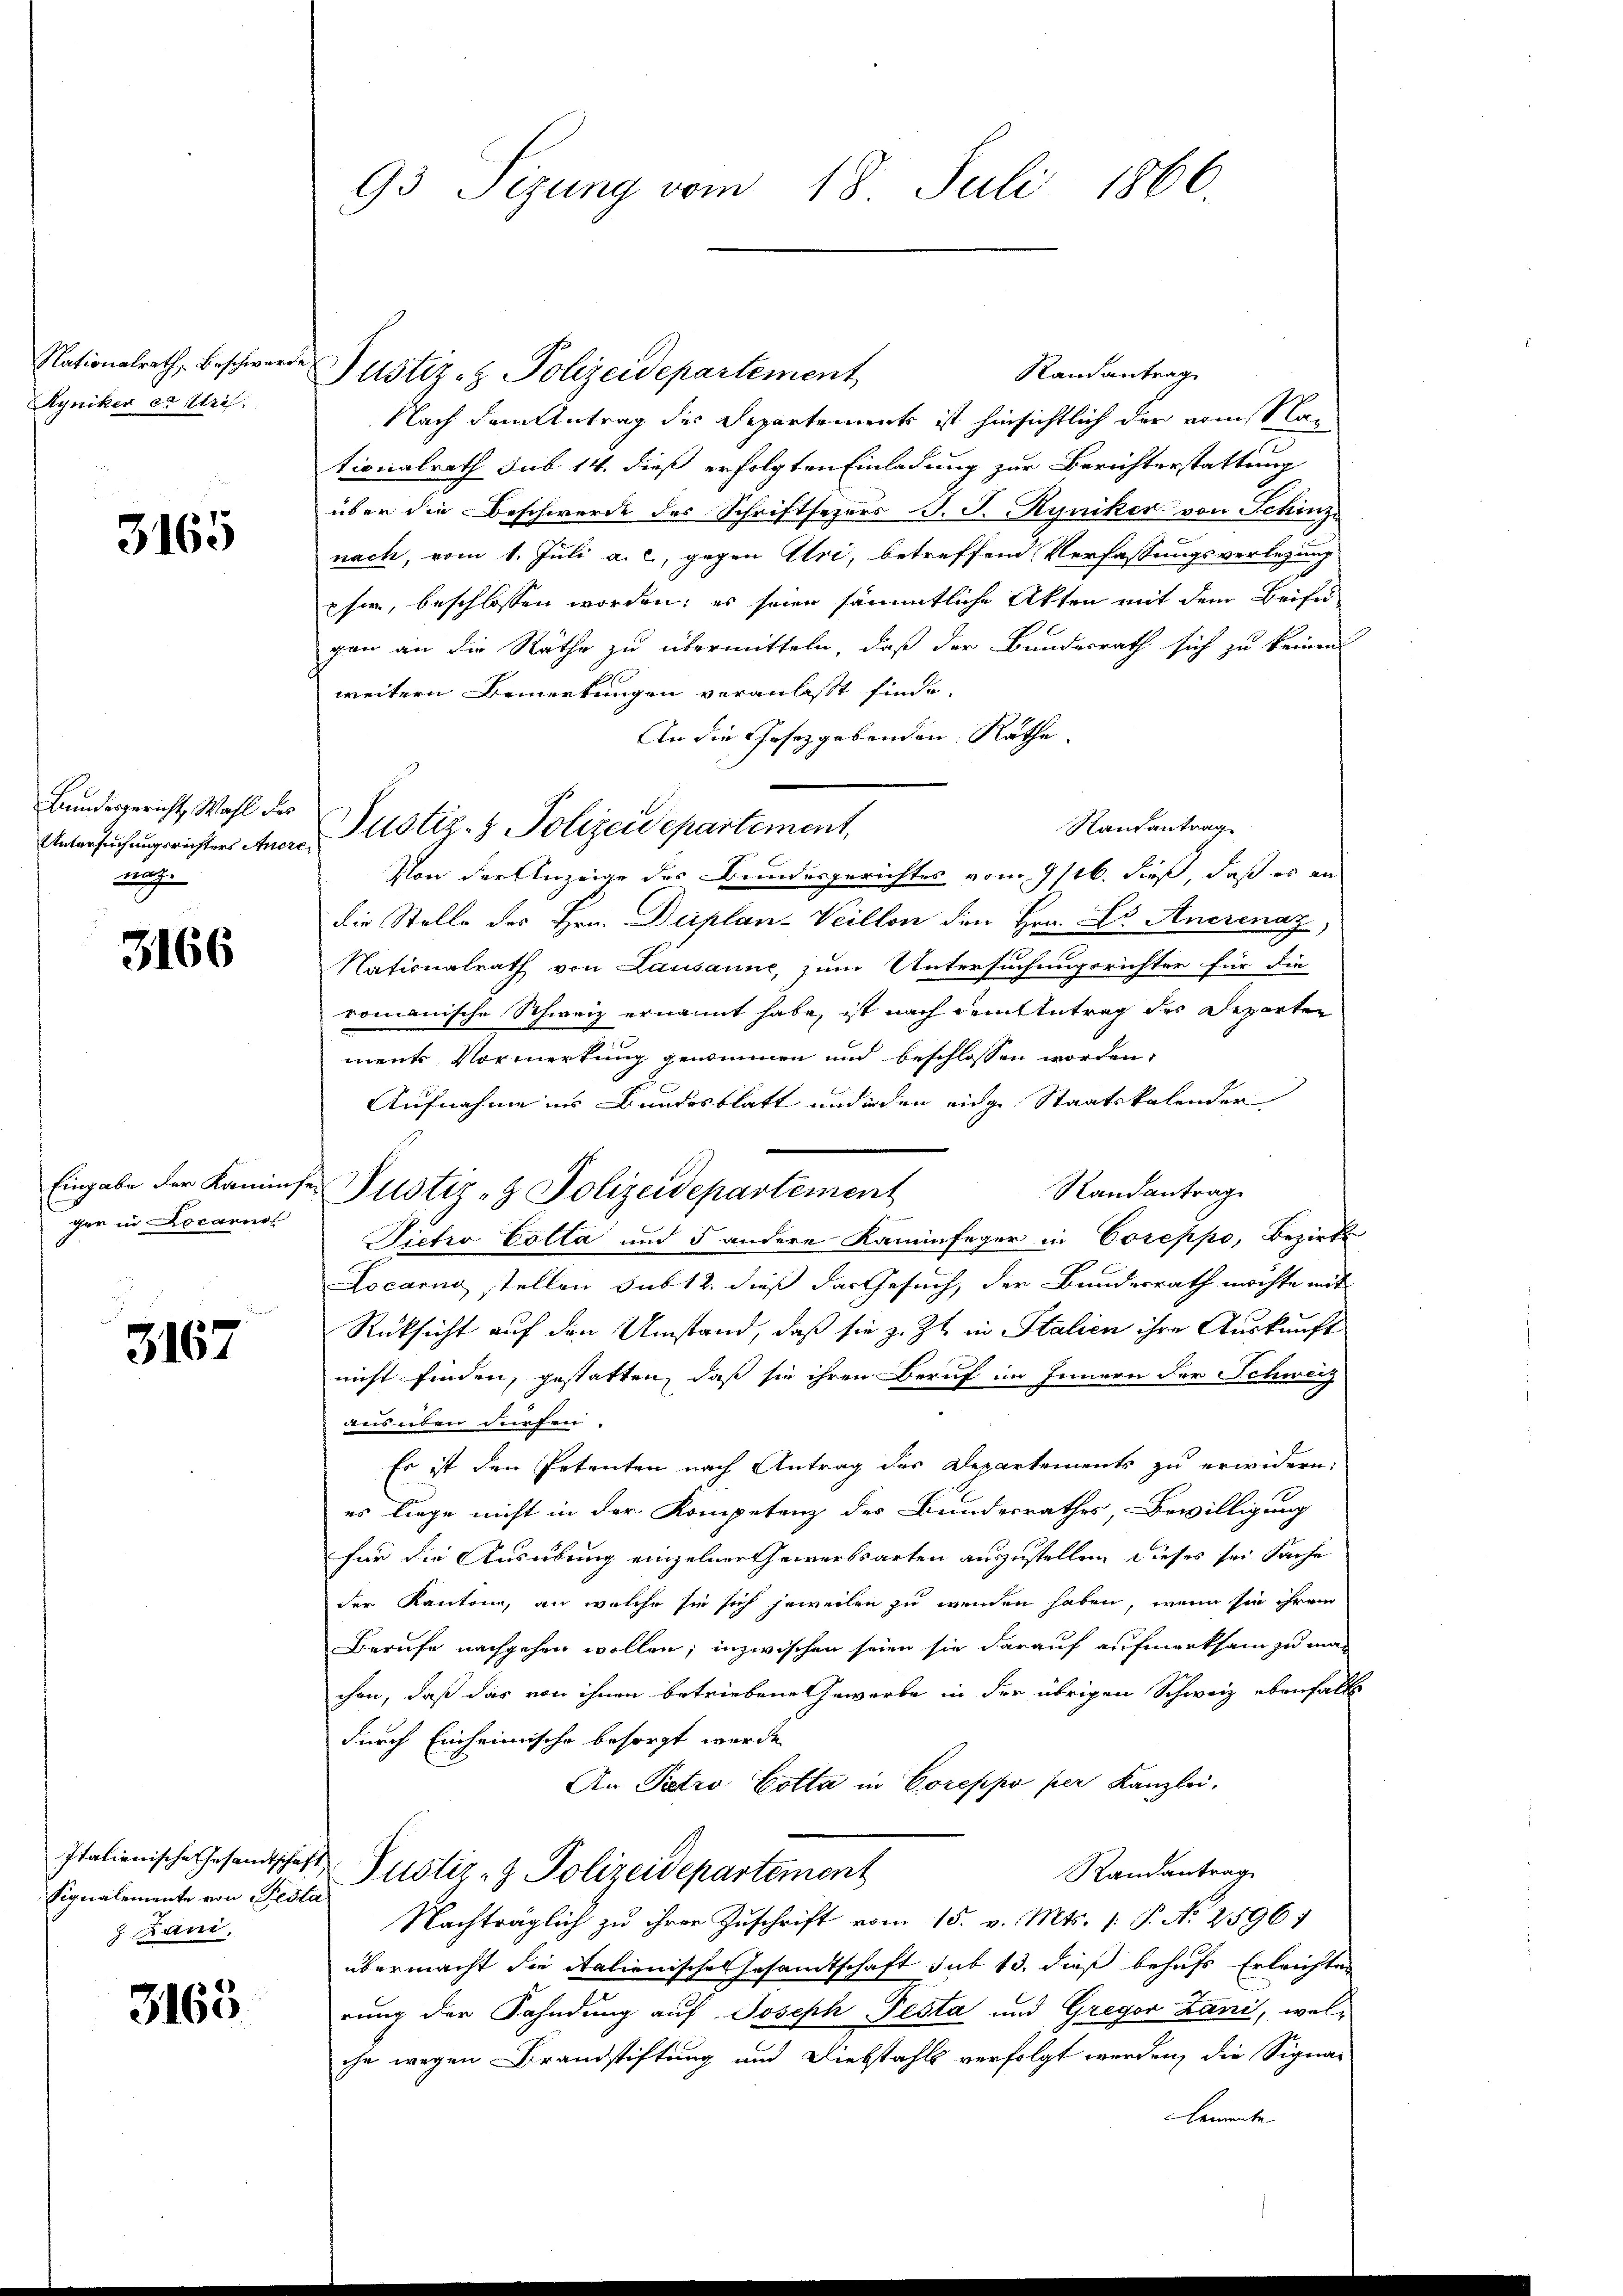
Nationalrath, Beschwer
Kyniker er Uri.

3165

Bundesgericht Wahl des
Untersuchungsrichters Anere
nach

3166

Eingabe der Kaminf
ger in Locarnol

3167

Signalemente von Pesta
 Fani.

3165.

93 Sizung vom 18. Juli 1866

Randantrag
Justiz- & Polizeidepartement
Nach dem Antrag des Departements ist hinsichtlich der einst lan
tionalrath sub. 14. dieß erfolgten Einladung zur Berichterstattung
über die Beschwerde des Schriftsezers J. J. Ryniker von Schinz
e
nach, vom 1. Juli a. c., gegen Uri, betreffend Verfassungsverlegung
eher, beschlossen worden; es seien sämmtliche Akten mit dem Beifü
gen an die Räthe zu übermitteln, daß der Bundesrath sich zu keinen
weitern Bemerkungen veranlasst finde.
An die Gesetzgebenden Räthe.
Rautantrag
Von der Anzeige des Bundesgerichtes vom 9/16. dieß, daß es an
die Stelle des Hrn. Duplan- Veillon den Hrn. Dr. Anerinaz,
Nationalrath von Lausanne zum Untersuchungsrichter für die
romanische Schweiz ernannt habe, ist nach dem Antrag des Departen
ments Vormerkung genommen und beschlossen worden,
Aufnahme ins Bundesblatt und inden eige Staatskalender
Randantrag
Pietro Cotta und 5 andere Kaminfeger in Coreppo, Bezirks
Locarno stellen sub 12. dieß das Gesuch, der Bundesrath möchte mit
Rücksicht auf den Umstand, daß sie z. Zt. in Stalien ihre Auskunft
nicht finden, gestatten, daß sie ihren Beruf im Innern der Schweiz
ausüben dürfen.
Es ist den Petenten nach Antrag des Departements zu erwidern:
es liege nicht in der Kompetenz des Bunderrathes, Bewilligung
für die Ausübung einzelnertheiversparten auszustellen dieses sei Sache
der Kantone, an welche sie sich jeweilen zu wenden haben, wenn sie ihrem
Berufe nachgehen wollen; inzwischen seien sie darauf aufmerksam zu machen, daß das von ihnen betriebene Gewerbe in der übrigen Schweiz ebenfalls
durch Einheimische besorgt werde
An Patro Cotta in Coreppo per Kanzlei.
Italienische Gesandtschaft Pustiz- & Polizeidepartement
Randantrag
Nachträglich zu ihrer Zuschrift vom 15. v. Mts. 1. P. N. 2596)
übermacht die italionische Gesandtschaft sub 13. dieß behufs Erleichter
rung der Fahndung auf Joseph Pesta und Gregor Lani, welihn wegen Brandstiftung und Diebstahls verfolgt werden, die Signa-
Cemente

Justiz- & Polizeidepartement,

te Justiz- & Polizeidepartement